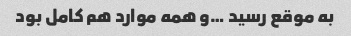
به موقع رسید …و همه موارد هم کامل بود